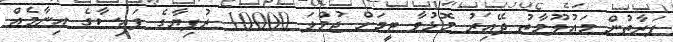
ފަރާތުން މައުލޫމާތު ދޭއިރު މޮޅުވާ ޓީމަށް ޖުމްލަ 10000 ރުފިޔާގެ ފައިސާގެ އިނާމެއް